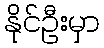
နိုင်ဦးမှာ